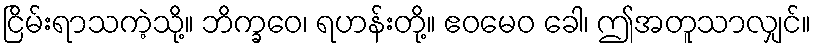
ငြိမ်းရာသကဲ့သို့။ ဘိက္ခဝေ၊ ရဟန်းတို့။ ဧဝမေဝ ခေါ၊ ဤအတူသာလျှင်။